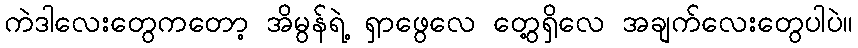
ကဲဒါလေးတွေကတော့ အိမွန်ရဲ့ ရှာဖွေလေ တွေ့ရှိလေ အချက်လေးတွေပါပဲ။